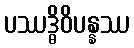
ပဿဒ္ဓိဝိပန္နဿ